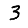
Digit: 3